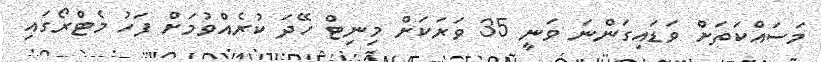
މަސައްކަތަށް ވަޑައިގަންނަ ވަނީ 35 ވަރަކަށް މިނިޓް ހޭދަ ކުރެއްވުމަށް ފަހު މެޓްރޯގައި